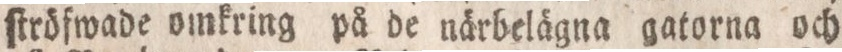
ſtröfwade omkring på de närbelägna gatorna och